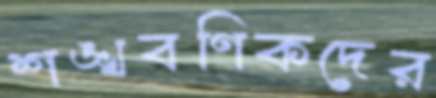
শঙ্খবণিকদের